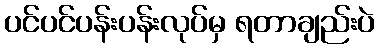
ပင်ပင်ပန်းပန်းလုပ်မှ ရတာချည်းပဲ